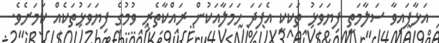
އަޅާފައިވާ ސަލާމަތީ ފިޔަވަޅު ތަކަކީ އެފަދަ ހަމަލާއަކުން ރައްކާތެރި ވުމުގެ ފިޔަވަޅުތަކެއް ކަމަށެވެ.